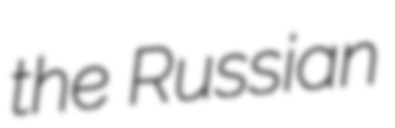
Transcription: the Russian